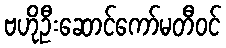
ဗဟိုဦးဆောင်ကော်မတီဝင်